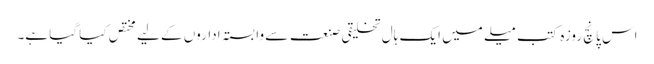
اس پانچ روزہ کتب میلے میں ایک ہال تخلیقی صنعت سے وابستہ اداروں کے لیے مختص کیا گیا ہے۔